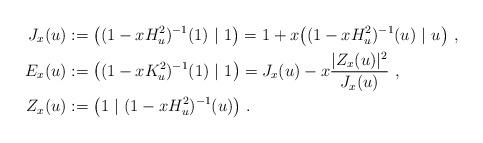
LaTeX: \begin{align*}J_x(u)&:=\big((1-xH_u^2)^{-1}(1)\ |\ 1\big)=1+x\big((1-xH_u^2)^{-1}(u)\ |\ u\big)\ ,\\E_x(u)&:=\big((1-xK_u^2)^{-1}(1)\ |\ 1\big)=J_x(u)-x\frac{\vert Z_x(u)\vert^2}{J_x(u)}\ ,\\Z_x(u)&:=\big(1\ |\ (1-xH_u^2)^{-1}(u)\big)\ .\end{align*}